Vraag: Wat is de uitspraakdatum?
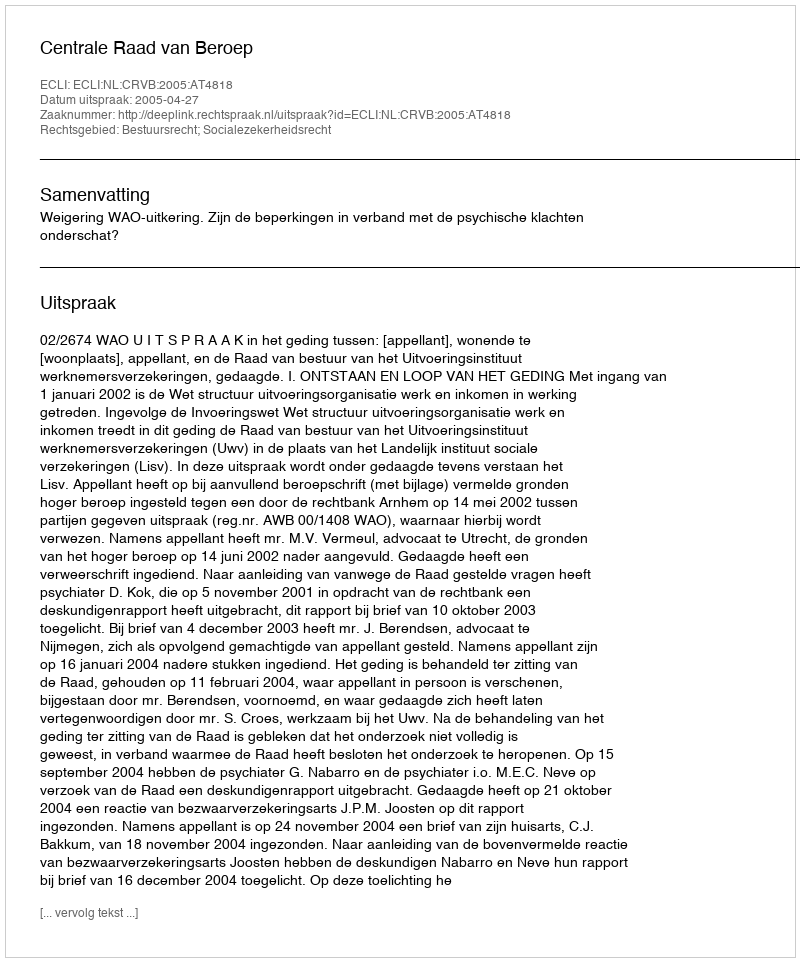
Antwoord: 2005-04-27